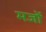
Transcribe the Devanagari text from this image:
मजों